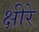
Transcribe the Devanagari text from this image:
क्षीरे